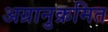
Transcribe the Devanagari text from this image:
अग्रानुक्रमित